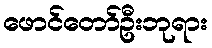
ဖောင်တော်ဦးဘုရား